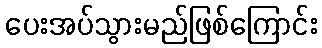
ပေးအပ်သွားမည်ဖြစ်ကြောင်း